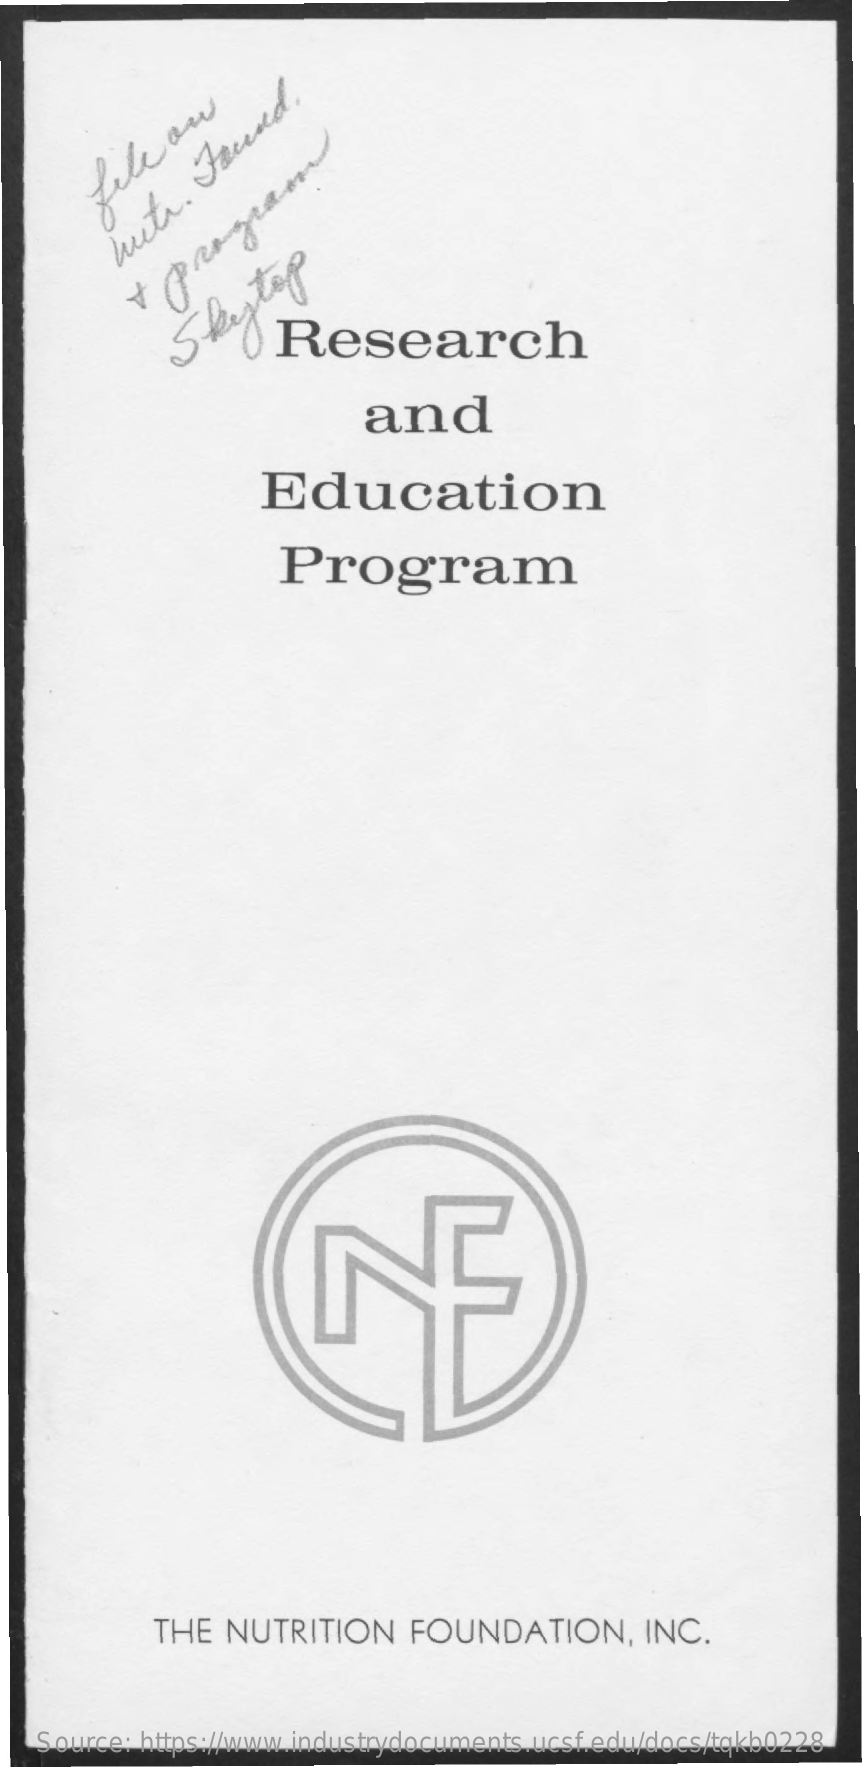
fellow
     huts.
     Found.
     Skytop
     Research
     and
     Education
     Program
     THE  NUTRITION    FOUNDATION,    INC.
   Source: https://www.industrydocuments.ucsf.edu/docs/tqkb0228